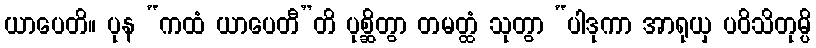
ယာပေတိ။ ပုန “ကထံ ယာပေတီ”တိ ပုစ္ဆိတွာ တမတ္ထံ သုတွာ “ပါဒုကာ အာရုယှ ပဝိသိတုမ္ပိ